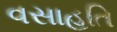
વસાહતિ